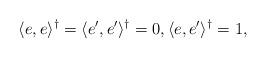
LaTeX: \begin{align*} \langle e, e \rangle^{\dagger} = \langle e', e' \rangle^{\dagger} = 0, \langle e, e' \rangle^{\dagger} = 1,\end{align*}